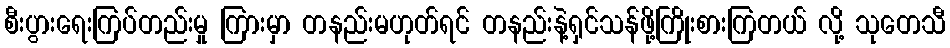
စီးပွားရေးကြပ်တည်းမှု ကြားမှာ တနည်းမဟုတ်ရင် တနည်းနဲ့ရှင်သန်ဖို့ကြိုးစားကြတယ် လို့ သုတေသီ